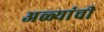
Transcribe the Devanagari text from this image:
अळ्यांची